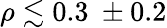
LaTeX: \rho\lesssim 0.3\ \pm 0.2